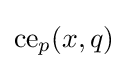
{\text{ce}}_{p}(x,q)